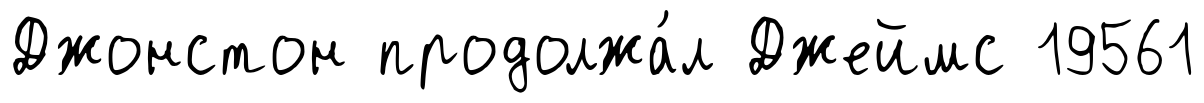
Джонстон продолжа́л Джеймс 19561